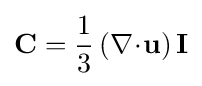
\mathbf {C} ={\frac {1}{3}}\left(\nabla \!\cdot \!\mathbf {u} \right)\mathbf {I}